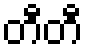
တီတီ